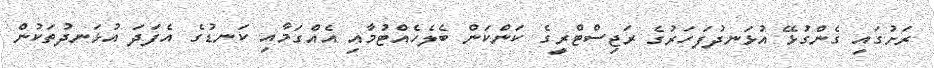
ރަށުގައި ގެންގުޅޭ އުޅަނދުފަހަރުގެ ރަޖިސްޓްރީގެ ކަންކަން ބެލެހެއްޓުމާއި އެއްގަމާއި ކަނޑުގެ އެފަދަ އުޅަނދުތަކުން